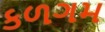
કળગમ